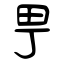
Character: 甼